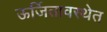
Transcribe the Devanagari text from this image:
ऊर्जितावस्थेत